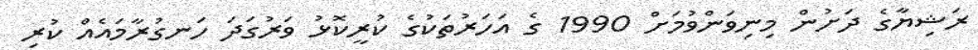
ރަޝިޔާގެ ދަށުން މިނިވަންވުމަށް 1990 ގެ އަހަރުތަކުގެ ކުރީކޮޅު ވަރުގަދަ ހަނގުރާމައެއް ކުރި